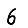
Digit: 6